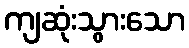
ကျဆုံးသွားသော